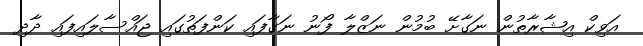
އަވިކް އިޝާރާތުން ނަގާށޭ ބުމުން ނަޒްލާ ފޯނު ނަގާފައި ކަންފަތުގައި ޖައްސާލައިފައި ދާދި